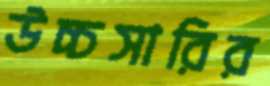
উচ্চসারির